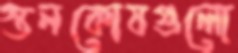
স্তনকোষগুলো